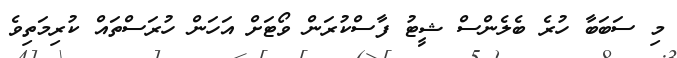
މި ސަބަބާ ހުރެ ބެލެންސް ޝީޓު ފާސްކުރަން ވޯޓަށް އަހަން ހުރަސްތައް ކުރިމަތިވެ